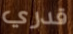
قدري